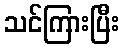
သင်ကြားပြီး